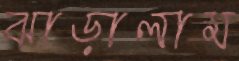
ঝাড়ালাম